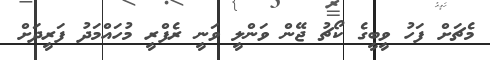
މެޗަށް ފަހު ވީބީގެ ކޯޗު ޖޭން ވަންލީ ވަނީ ރެފްރީ މުހައްމަދު ފަރީދަށް